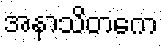
အနာသိတကေ